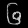
Digit: ၆